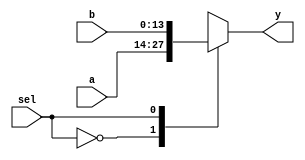
module Mux2_1_14b(
    input[13:0] a,
    input[13:0] b,
    input sel,
    output reg [13:0] y
);
    
    always @(*) begin
        case (sel)
            2'd0 : begin y = a; end
            2'd1 : begin y = b; end
            default: begin y = a; end
        endcase 
    end
endmodule